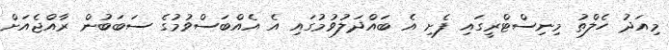
މިއަދު ހެލްތު މިނިސްޓްރީގައި ފެށި އެ ބައްދަލުވުމުގައި އެ އެއްބަސްވުމުގެ ސަބަބުން ރާއްޖެއަށް